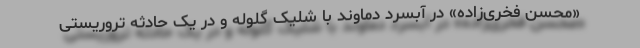
«محسن فخری‌زاده» در آبسرد دماوند با شلیک گلوله و در یک حادثه تروریستی